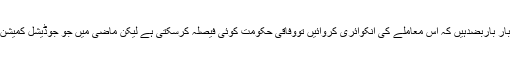
نجی نیوز چینل 92کے پروگرام میں گفتگو کرتے ہوئے محمود الرشید نے کہاکہ رانا ثناءاللہ اگر بار باربضدہیں کہ اس معاملے کی انکوائری کروائیں تووفاقی حکومت کوئی فیصلہ کرسکتی ہے لیکن ماضی میں جو جوڈیشل کمیشن بنتے رہے ہیں ،اس کو رپوٹس پر بھی جو عمل در آمد ہواہے ، اس کو بھی مدنظر رکھناچاہئے ۔